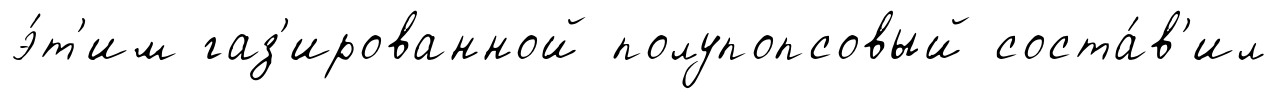
э́т'им газ'ированной полупопсовый соста́в'ил